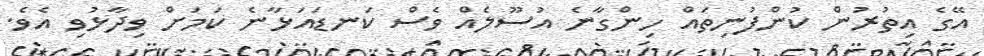
އޭގެ އިތުރުން ކުންފުނިތައް ހިންގާނެ އުސޫލެއް ވެސް ކަނޑައަޅާނެ ކަމަށް ވިދާޅުވި އެވެ.